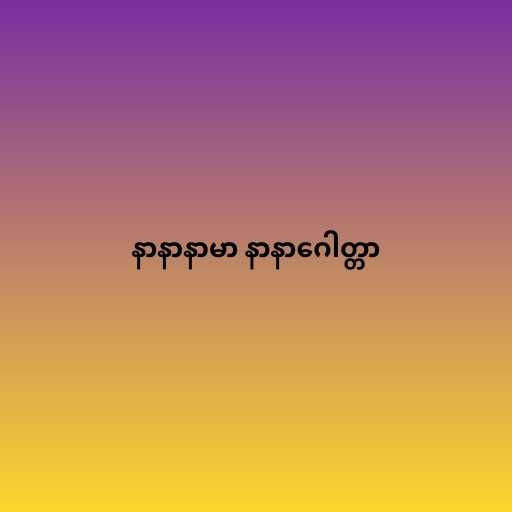
နာနာနာမာ နာနာဂေါတ္တာ